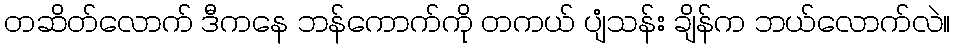
တဆိတ်လောက် ဒီကနေ ဘန်ကောက်ကို တကယ် ပျံသန်း ချိန်က ဘယ်လောက်လဲ။